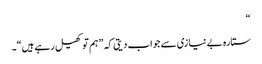
“
ستارہ بے نیازی سے جواب دیتی کہ ”ہم تو کھیل رہے ہیں“۔